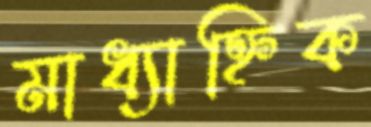
মাধ্যাহ্নিক